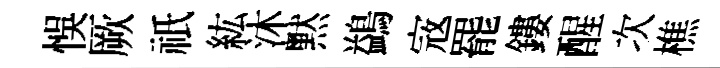
悞厥祇紘沐黙鷁𡨥罷鏤醒次樵